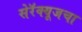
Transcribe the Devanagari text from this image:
सेरॅक्यूजचा